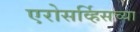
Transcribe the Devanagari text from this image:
एरोसर्व्हिसच्या